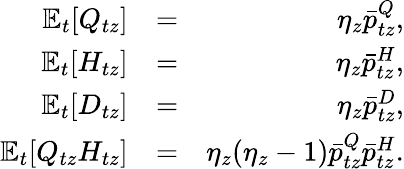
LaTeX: \begin{array}{rlr}{\mathbb{E}_{t}[Q_{tz}]}&{=}&{\eta_{z}\bar{p}_{tz}^{Q},}\\ {\mathbb{E}_{t}[H_{tz}]}&{=}&{\eta_{z}\bar{p}_{tz}^{H},}\\ {\mathbb{E}_{t}[D_{tz}]}&{=}&{\eta_{z}\bar{p}_{tz}^{D},}\\ {\mathbb{E}_{t}[Q_{tz}H_{tz}]}&{=}&{\eta_{z}(\eta_{z}-1)\bar{p}_{tz}^{Q}\bar{p}_{tz}^{H}.}\end{array}